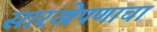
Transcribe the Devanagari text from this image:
सारखेपणाचा